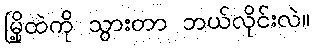
မြို့ထဲကို သွားတာ ဘယ်လိုင်းလဲ။